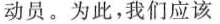
动员。为此，我们应该